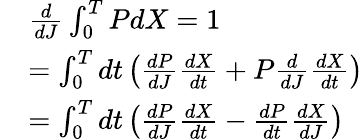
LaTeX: {\begin{array}{rl}&{{\frac{d}{dJ}}\int_{0}^{T}PdX=1}\\ &{=\int_{0}^{T}dt\left({\frac{dP}{dJ}}{\frac{dX}{dt}}+P{\frac{d}{dJ}}{\frac{dX}{dt}}\right)}\\ &{=\int_{0}^{T}dt\left({\frac{dP}{dJ}}{\frac{dX}{dt}}-{\frac{dP}{dt}}{\frac{dX}{dJ}}\right)}\end{array}}